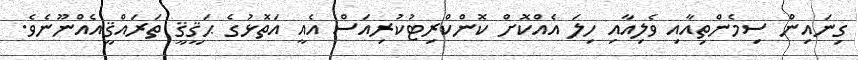
ގިނައިން ސިމެންތިއާއި ވެލިއާއި ހިލަ އެއްކޮށް ކޮންކްރިޓުކުރިއަސް އެއީ އަތޮޅުގެ ޙަޤީޤީ ތަރައްޤީއެއްނޫނެވެ.